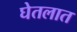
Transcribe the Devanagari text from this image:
घेतलात